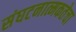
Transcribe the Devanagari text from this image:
संघटनात्मकतेचा